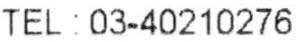
TEL: 03-40210276